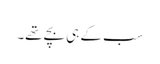
سب کے ہی بچے تھے۔